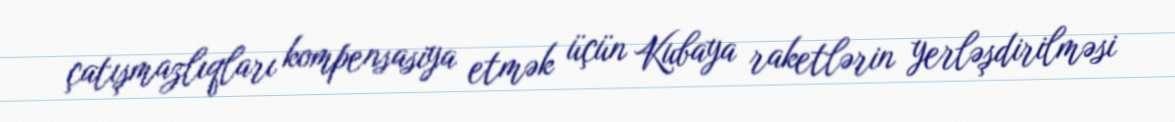
çatışmazlıqları kompensasiya etmək üçün Kubaya raketlərin yerləşdirilməsi